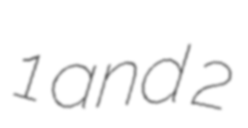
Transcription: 1 and 2